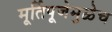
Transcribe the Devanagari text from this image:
मूर्तिपूजेमुळेच